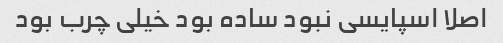
اصلا اسپایسی نبود ساده بود خیلی چرب بود